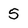
Character: 5